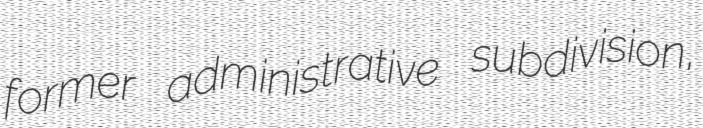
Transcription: former administrative subdivision,